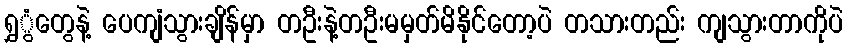
ရွှွံတွေနဲ့ ပေကျံသွားချိန်မှာ တဦးနဲ့တဦးမမှတ်မိနိုင်တော့ပဲ တသားတည်း ကျသွားတာကိုပဲ